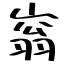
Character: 嵡